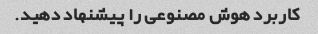
کاربرد هوش مصنوعی را پیشنهاد دهید.